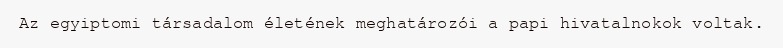
Az egyiptomi társadalom életének meghatározói a papi hivatalnokok voltak.